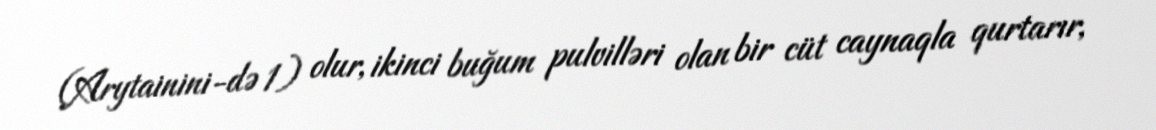
(Arytainini-də 1) olur, ikinci buğum pulvilləri olan bir cüt caynaqla qurtarır,